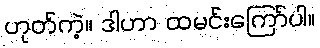
ဟုတ်ကဲ့။ ဒါဟာ ထမင်းကြော်ပါ။